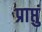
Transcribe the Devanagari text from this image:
प्राप्तुं